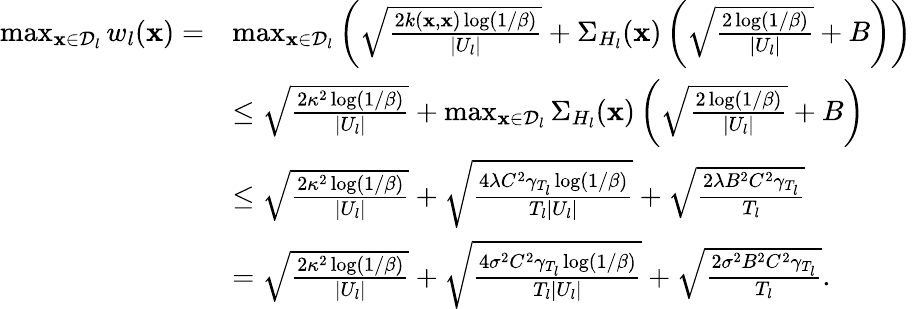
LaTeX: \begin{array}{rl}{\operatorname*{max}_{\mathbf{x}\in\mathcal{D}_{l}}w_{l}(\mathbf{x})=}&{\operatorname*{max}_{\mathbf{x}\in\mathcal{D}_{l}}\left(\sqrt{\frac{2k(\mathbf{x},\mathbf{x})\log(1/\beta)}{|U_{l}|}}+\Sigma_{H_{l}}(\mathbf{x})\left(\sqrt{\frac{2\log(1/\beta)}{|U_{l}|}}+B\right)\right)}\\ &{\leq\sqrt{\frac{2\kappa^{2}\log(1/\beta)}{|U_{l}|}}+\operatorname*{max}_{\mathbf{x}\in\mathcal{D}_{l}}\Sigma_{H_{l}}(\mathbf{x})\left(\sqrt{\frac{2\log(1/\beta)}{|U_{l}|}}+B\right)}\\ &{\leq\sqrt{\frac{2\kappa^{2}\log(1/\beta)}{|U_{l}|}}+\sqrt{\frac{4\lambda C^{2}\gamma_{T_{l}}\log(1/\beta)}{T_{l}|U_{l}|}}+\sqrt{\frac{2\lambda B^{2}C^{2}\gamma_{T_{l}}}{T_{l}}}}\\ &{=\sqrt{\frac{2\kappa^{2}\log(1/\beta)}{|U_{l}|}}+\sqrt{\frac{4\sigma^{2}C^{2}\gamma_{T_{l}}\log(1/\beta)}{T_{l}|U_{l}|}}+\sqrt{\frac{2\sigma^{2}B^{2}C^{2}\gamma_{T_{l}}}{T_{l}}}.}\end{array}